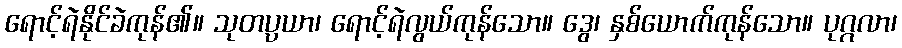
ရောင့်ရဲနိုင်ခဲကုန်၏။ သုတပ္ပယာ၊ ရောင့်ရဲလွယ်ကုန်သော။ ဒွေ၊ နှစ်ယောက်ကုန်သော။ ပုဂ္ဂလာ၊